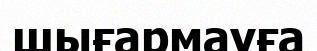
шығармауға